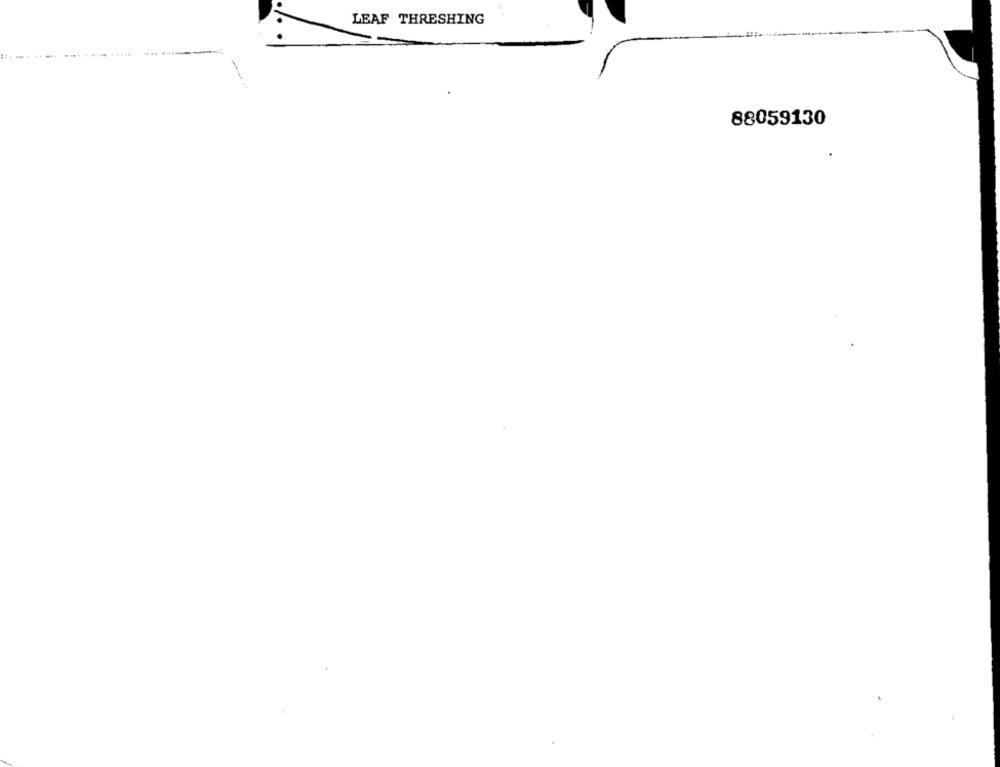
LEAF THRESHING
88059130